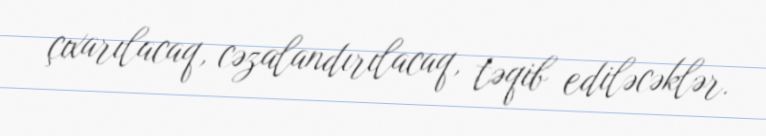
çıxarılacaq, cəzalandırılacaq, təqib ediləcəklər.